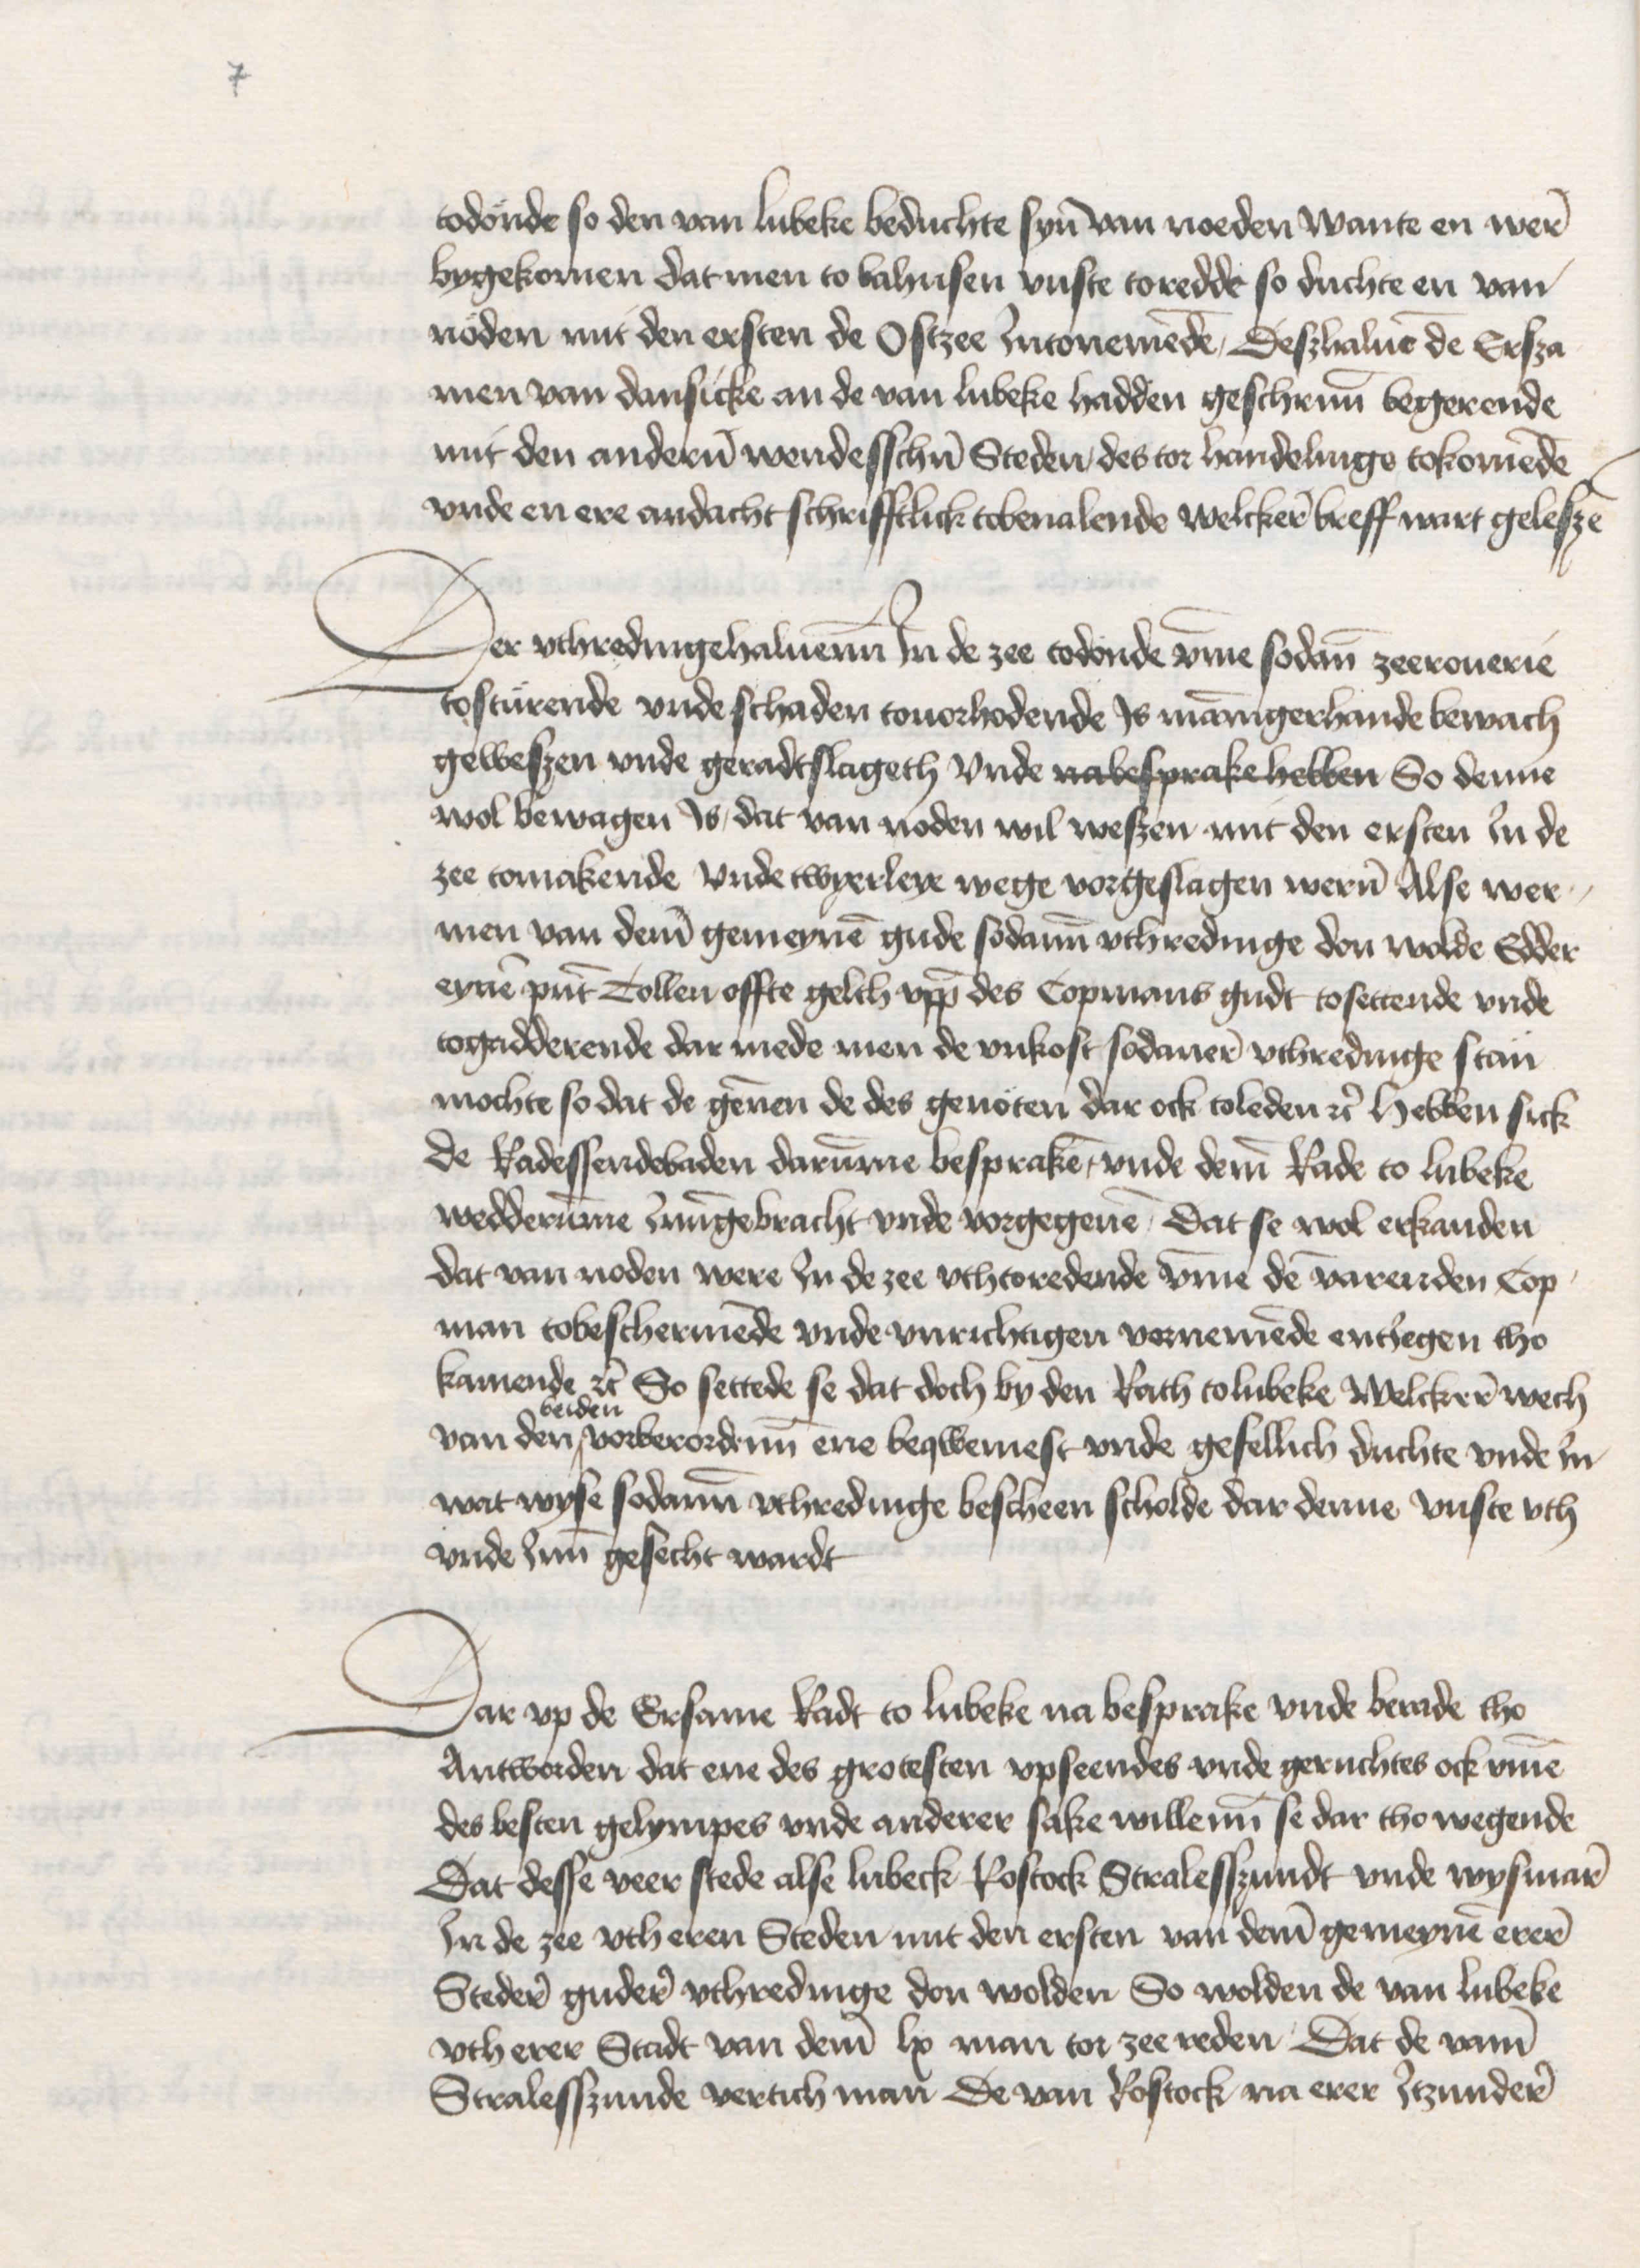
todonde so den van Lubeke beduchte syn van noeden wante en were
bygekomen dat men to Bahusen vnste toredde so duchte en van
nöden mit den ersten de Ostzee Intonemende, Deszhaluen de Ersza¬
men van Dansicke an de van Lubeke hadden geschreuenn begerende
mit den anderen wendesschen Steden des tor handelinge tokomende
vnde en ere andacht schrifftlick tobeualende welckere breff wart geleszen

Der vthredingehaluenn Jn de zee todende vmme sodane zeerouerie
tostürende vnde schaden touorhodende Js mannigerhande bewach
geweszen vnde geradtslageth vnde nabesprake hebben So denne
wol bewagen Js, dat van noden wil weszen mit den ersten In de
zee tomakende vnde twyerleye wege vorgeslagen weren Alse wer¬
men van deme gemeynen gude sodanne vthredinge don wolde Edder
eynen punt Tollen offte gelth vppe des Copmans gudt to settende vnde
togadderende dar mede men de vnkost sodanere vthredinge stan
mochte so dat de gennen de des genöten dar ock toleden etc Hebben sick
de Radessendebaden darumme bespraken, vnde deme Rade to Lubeke
wedderumme Jnnegebracht vnde vorgegeuen, Dat se wol erkanden
dat van noden were Jn de zee vthtoredende vmme den varenden Cop¬
man tobeschermende vnde vnrichtigen vornemende entJegen tho¬
kamende etc So settede se dat doch by den Rath to Lubeke Welckere en wech
beiden
van den ^ vorbeordenn ene beqwemest vnde gesellich duchte vnde In
wat wyse sodanen vthredinge bescheen scholde dar denne vuste vth
vnde Inne gesecht wardt

Dar vp de Ersame Radt to Lubeke na besprake vnde berade tho
Antworden dat ene des grotesten vpseendes vnde geruchtes ock vmme
des besten gelympes vnde anderer sake willenn se dar tho wegende
Dat desse veer stede alse Lubeck Rostock Stralesszundt vnde Wysmare
Jn de zee vth eren Steden mit den ersten van deme gemeynen erere
Stedere gudere vthredinge don wolden So wolden de van Lubeke
vth erer Stadt van deme lx man tor zee reden Dat de vame
Straleszunde vertich man De van Rostock na erer Jtzundere